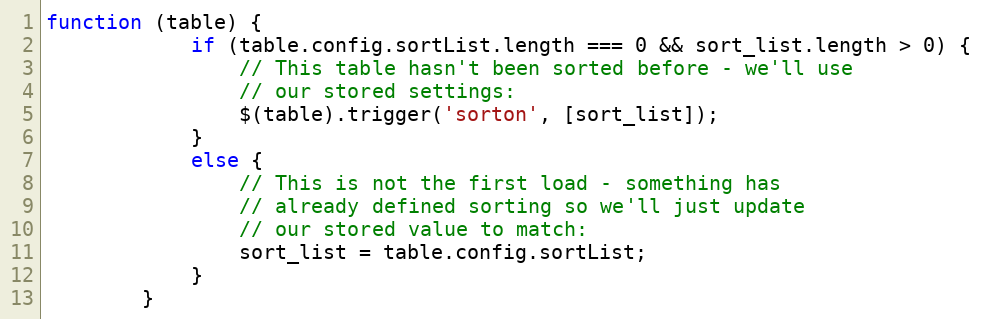
Language: JavaScript
function (table) {
            if (table.config.sortList.length === 0 && sort_list.length > 0) {
                // This table hasn't been sorted before - we'll use
                // our stored settings:
                $(table).trigger('sorton', [sort_list]);
            }
            else {
                // This is not the first load - something has
                // already defined sorting so we'll just update
                // our stored value to match:
                sort_list = table.config.sortList;
            }
        }